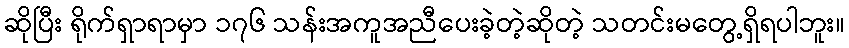
ဆိုပြီး ရိုက်ရှာရာမှာ ၁၇၆ သန်းအကူအညီပေးခဲ့တဲ့ဆိုတဲ့ သတင်းမတွေ့ရှိရပါဘူး။